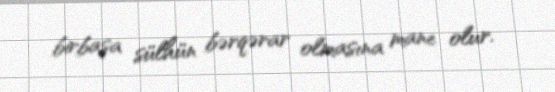
birbaşa sülhün bərqərar olmasına mane olur.